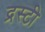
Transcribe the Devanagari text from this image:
द्रस्टी